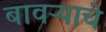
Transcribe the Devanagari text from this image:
बावऱ्याचे